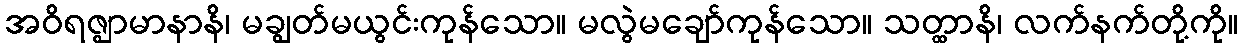
အဝိရဇ္ဈာမာနာနိ၊ မချွတ်မယွင်းကုန်သော။ မလွဲမချော်ကုန်သော။ သတ္ထာနိ၊ လက်နက်တို့ကို။